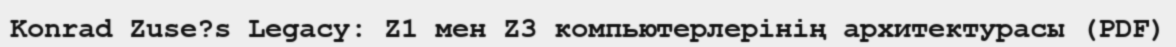
Konrad Zuse?s Legacy: Z1 мен Z3 компьютерлерінің архитектурасы (PDF)